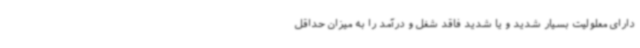
دارای معلولیت بسیار شدید و یا شدید فاقد شغل و درآمد را به میزان حداقل